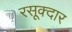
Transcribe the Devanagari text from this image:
रसूक्दार